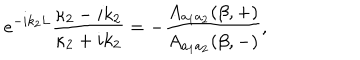
e ^ { - i k _ { 2 } L } \frac { \kappa _ { 2 } - i k _ { 2 } } { \kappa _ { 2 } + i k _ { 2 } } = - \frac { A _ { a _ { 1 } a _ { 2 } } ( \beta , + ) } { A _ { a _ { 1 } a _ { 2 } } ( \beta , - ) } ,